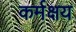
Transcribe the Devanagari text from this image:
कर्मक्षय